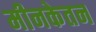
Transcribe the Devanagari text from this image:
मीनकेतन